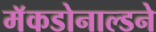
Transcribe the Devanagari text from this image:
मॅकडोनाल्डने